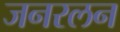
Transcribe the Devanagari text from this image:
जनरलन